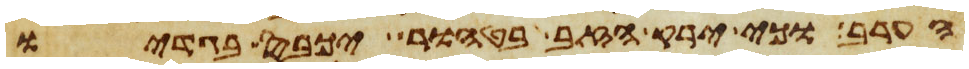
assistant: הערב וכי ירק הזב בטהור יכבס בגדיו